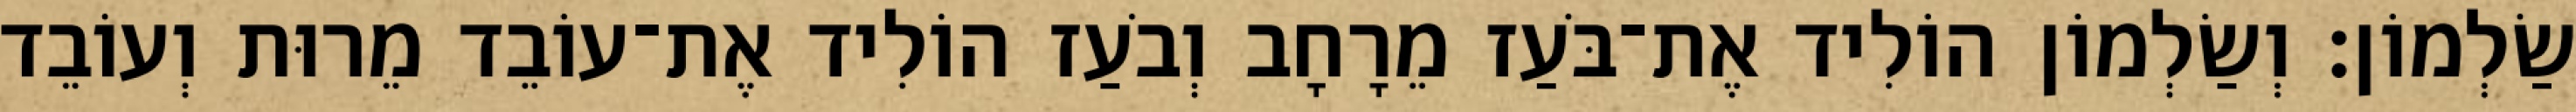
שַׂלְמוֹן׃ וְשַׂלְמוֹן הוֹלִיד אֶת־בֹּעַז מֵרָחָב וְבֹעַז הוֹלִיד אֶת־עוֹבֵד מֵרוּת וְעוֹבֵד